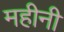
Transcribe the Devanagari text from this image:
महीनी